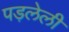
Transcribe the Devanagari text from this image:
पड़लेली